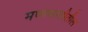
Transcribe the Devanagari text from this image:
मध्यवस्तीतील